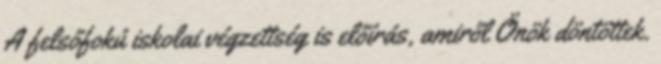
A felsőfokú iskolai végzettség is előírás, amiről Önök döntöttek.